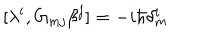
LaTeX: [ \lambda ^ { i } , G _ { m j } \beta ^ { j } ] = - i \hbar \delta _ { m } ^ { i }